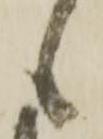
候